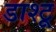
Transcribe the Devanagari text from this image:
डाश्टू